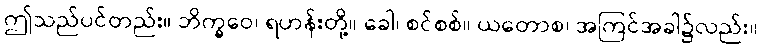
ဤသည်ပင်တည်း။ ဘိက္ခဝေ၊ ရဟန်းတို့။ ခေါ၊ စင်စစ်။ ယတောစ၊ အကြင်အခါ၌လည်း။